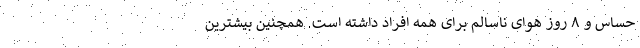
حساس و ۸ روز هوای ناسالم برای همه افراد داشته است. همچنین بیشترین